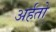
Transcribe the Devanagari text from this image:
अर्हतो